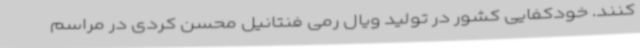
کنند. خودکفایی کشور در تولید ویال رمی فنتانیل محسن کردی در مراسم